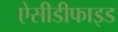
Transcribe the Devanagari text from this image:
ऐसीडीफाइड